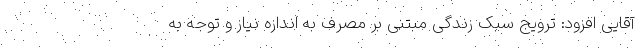
آقایی افزود: ترویج سبک زندگی مبتنی بر مصرف به اندازه نیاز و توجه به